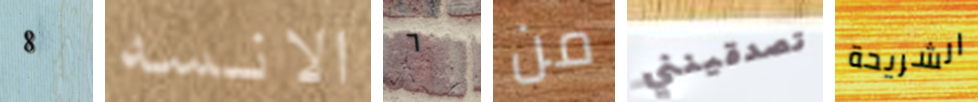
8 الانسه ٦ من تصدقينني الشريحة